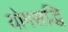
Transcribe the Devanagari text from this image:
योगसद्धि